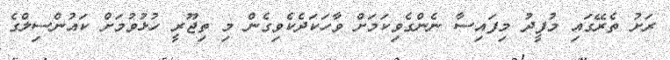
ރަށު ތެރޭގައި މުފީދު މިފައިސާ ނެންގެވިކަމަށް ވާހަކަދެކެވިގެން މި ތިޖޫރީ ހުޅުވުމަށް ކައުންސިލްގެ